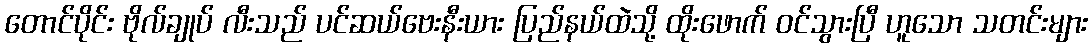
တောင်ပိုင်း ဗိုလ်ချုပ် လီးသည် ပင်ဆယ်ဗေးနီးယား ပြည်နယ်ထဲသို့ ထိုးဖောက် ဝင်သွားပြီ ဟူသော သတင်းများ